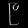
Digit: ၉